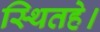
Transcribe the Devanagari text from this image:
स्थितहे।